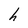
Character: h